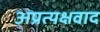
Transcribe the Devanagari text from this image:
अप्रत्यक्षवाद